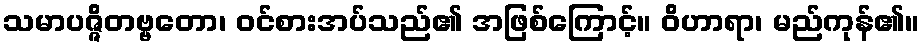
သမာပဇ္ဇိတဗ္ဗတော၊ ဝင်စားအပ်သည်၏ အဖြစ်ကြောင့်။ ဝိဟာရာ၊ မည်ကုန်၏။